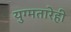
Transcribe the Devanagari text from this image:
युग्मतारेही